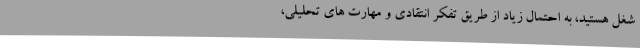
شغل هستید، به احتمال زیاد از طریق تفکر انتقادی و مهارت های تحلیلی،